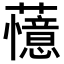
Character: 𬟔